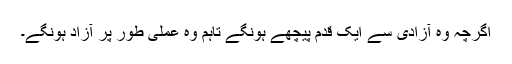
اگرچہ وہ آزادی سے ایک قدم پیچھے ہونگے تاہم وہ عملی طور پر آزاد ہونگے۔